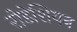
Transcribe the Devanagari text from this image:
रोडेशियन